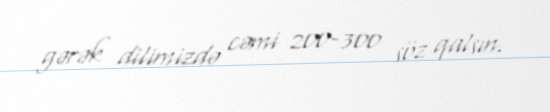
gərək dilimizdə cəmi 200-300 söz qalsın.